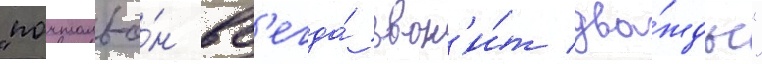
"почтальо́н вс'егда́ звон'и́т два́жды"